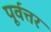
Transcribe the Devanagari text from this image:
पूर्वत्तर